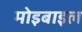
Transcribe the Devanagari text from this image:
मोइबाइल